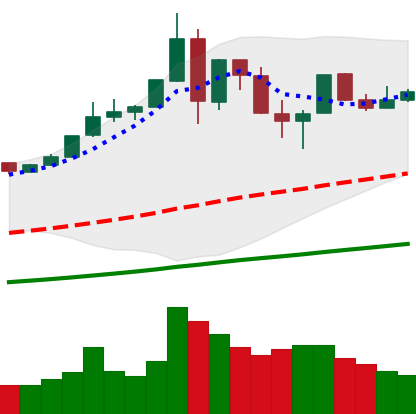
Ticker: BTC-USD
Chart end date: 2019-07-07
Forward return: 3.189%
Label: up_3_5